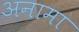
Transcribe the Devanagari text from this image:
अनामा